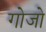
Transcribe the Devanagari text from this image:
गोजो